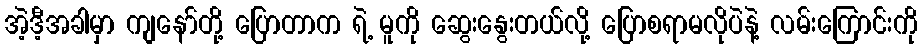
အဲ့ဒီ့အခါမှာ ကျနော်တို့ ပြောတာက ရဲ့ မူကို ဆွေးနွေးတယ်လို့ ပြောစရာမလိုပဲနဲ့ လမ်းကြောင်းကို